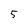
Character: 5